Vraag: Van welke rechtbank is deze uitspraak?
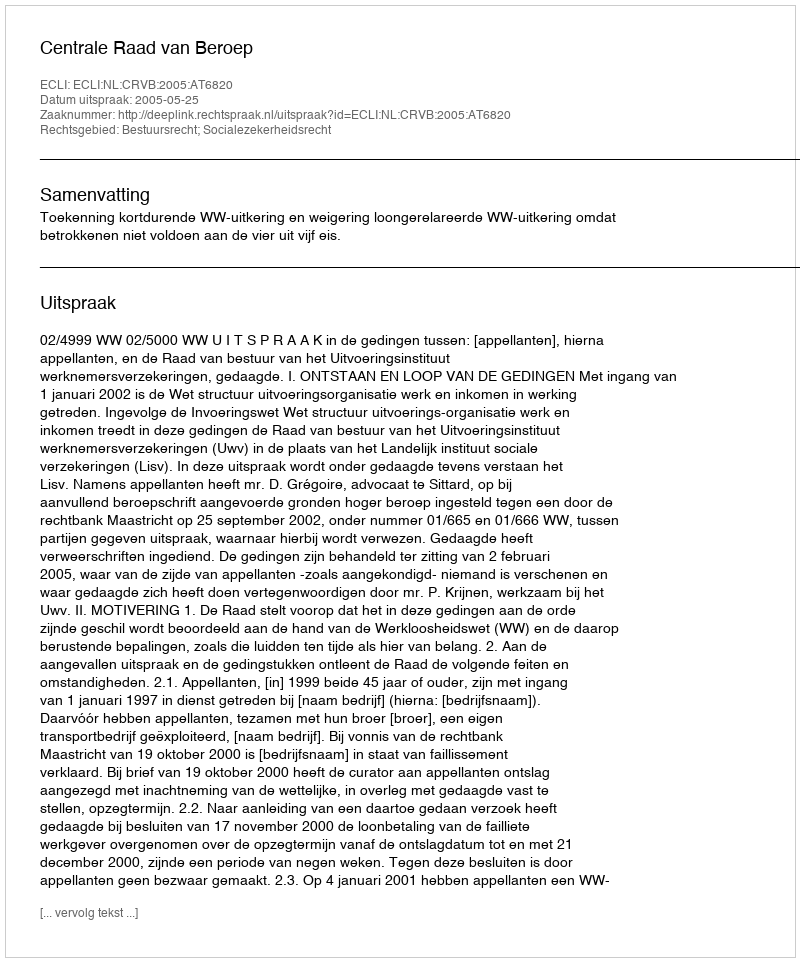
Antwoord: Centrale Raad van Beroep